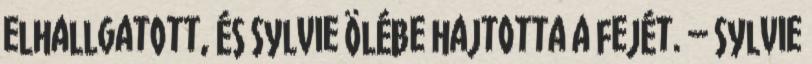
elhallgatott, és Sylvie ölébe hajtotta a fejét. – Sylvie